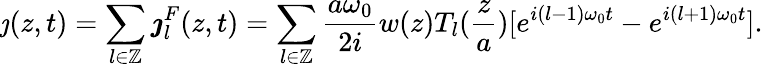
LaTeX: \jmath(z,t)=\sum_{l\in\mathbb{Z}}\boldsymbol{\jmath}_{l}^{F}(z,t)=\sum_{l\in\mathbb{Z}}\frac{a\omega_{0}}{2i}w(z)T_{l}(\frac{z}{a})[e^{i(l-1)\omega_{0}t}-e^{i(l+1)\omega_{0}t}].